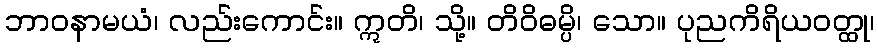
ဘာဝနာမယံ၊ လည်းကောင်း။ ဣတိ၊ သို့။ တိဝိဓမ္ပိ၊ သော။ ပုညကိရိယဝတ္ထု၊